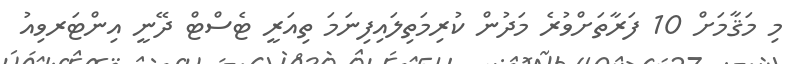
މި މަޤާމަށް 10 ފަރާތަށްވުރެ މަދުން ކުރިމަތިލައިފިނަމަ ތިއަރީ ޓެސްޓް ދޭނީ އިންޓަރވިއު